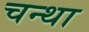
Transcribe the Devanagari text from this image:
चन्था